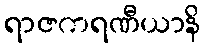
ရာဇကရဏီယာနိ